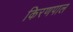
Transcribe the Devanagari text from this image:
किरणपाल